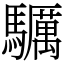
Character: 𩧃